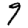
Digit: 9